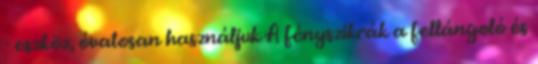
- eszköz, óvatosan használjuk A fényszikrák a fellángoló és